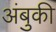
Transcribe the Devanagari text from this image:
अंबुकी